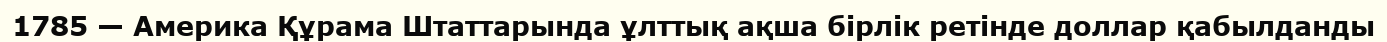
1785 — Америка Құрама Штаттарында ұлттық ақша бірлік ретінде доллар қабылданды